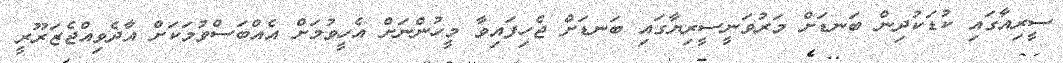
ސީރިއާގައި ކުޑަކުދިން ބަނޑަށް މަރުވަނީސީރިޔާގައި ބަނޑަށް ޖެހިފައިވާ މީހުންނަށް އެހީވުމަށް އެއްބަސްވުމަކަށް އާދެވިއްޖެޒަރޫރީ